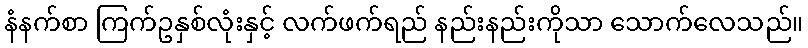
နံနက်စာ ကြက်ဥနှစ်လုံးနှင့် လက်ဖက်ရည် နည်းနည်းကိုသာ သောက်လေသည်။